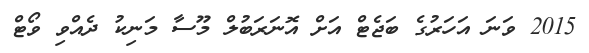
2015 ވަނަ އަހަރުގެ ބަޖެޓް އަށް އޮނަރަބުލް މޫސާ މަނިކު ދެއްވި ވޯޓް